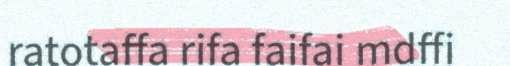
ratotaffa rifa faifai mdffi